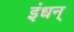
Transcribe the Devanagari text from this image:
इंधन्